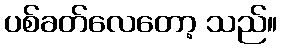
ပစ်ခတ်လေတော့ သည်။